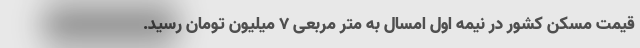
قیمت مسکن کشور در نیمه اول امسال به متر مربعی ۷ میلیون تومان رسید.